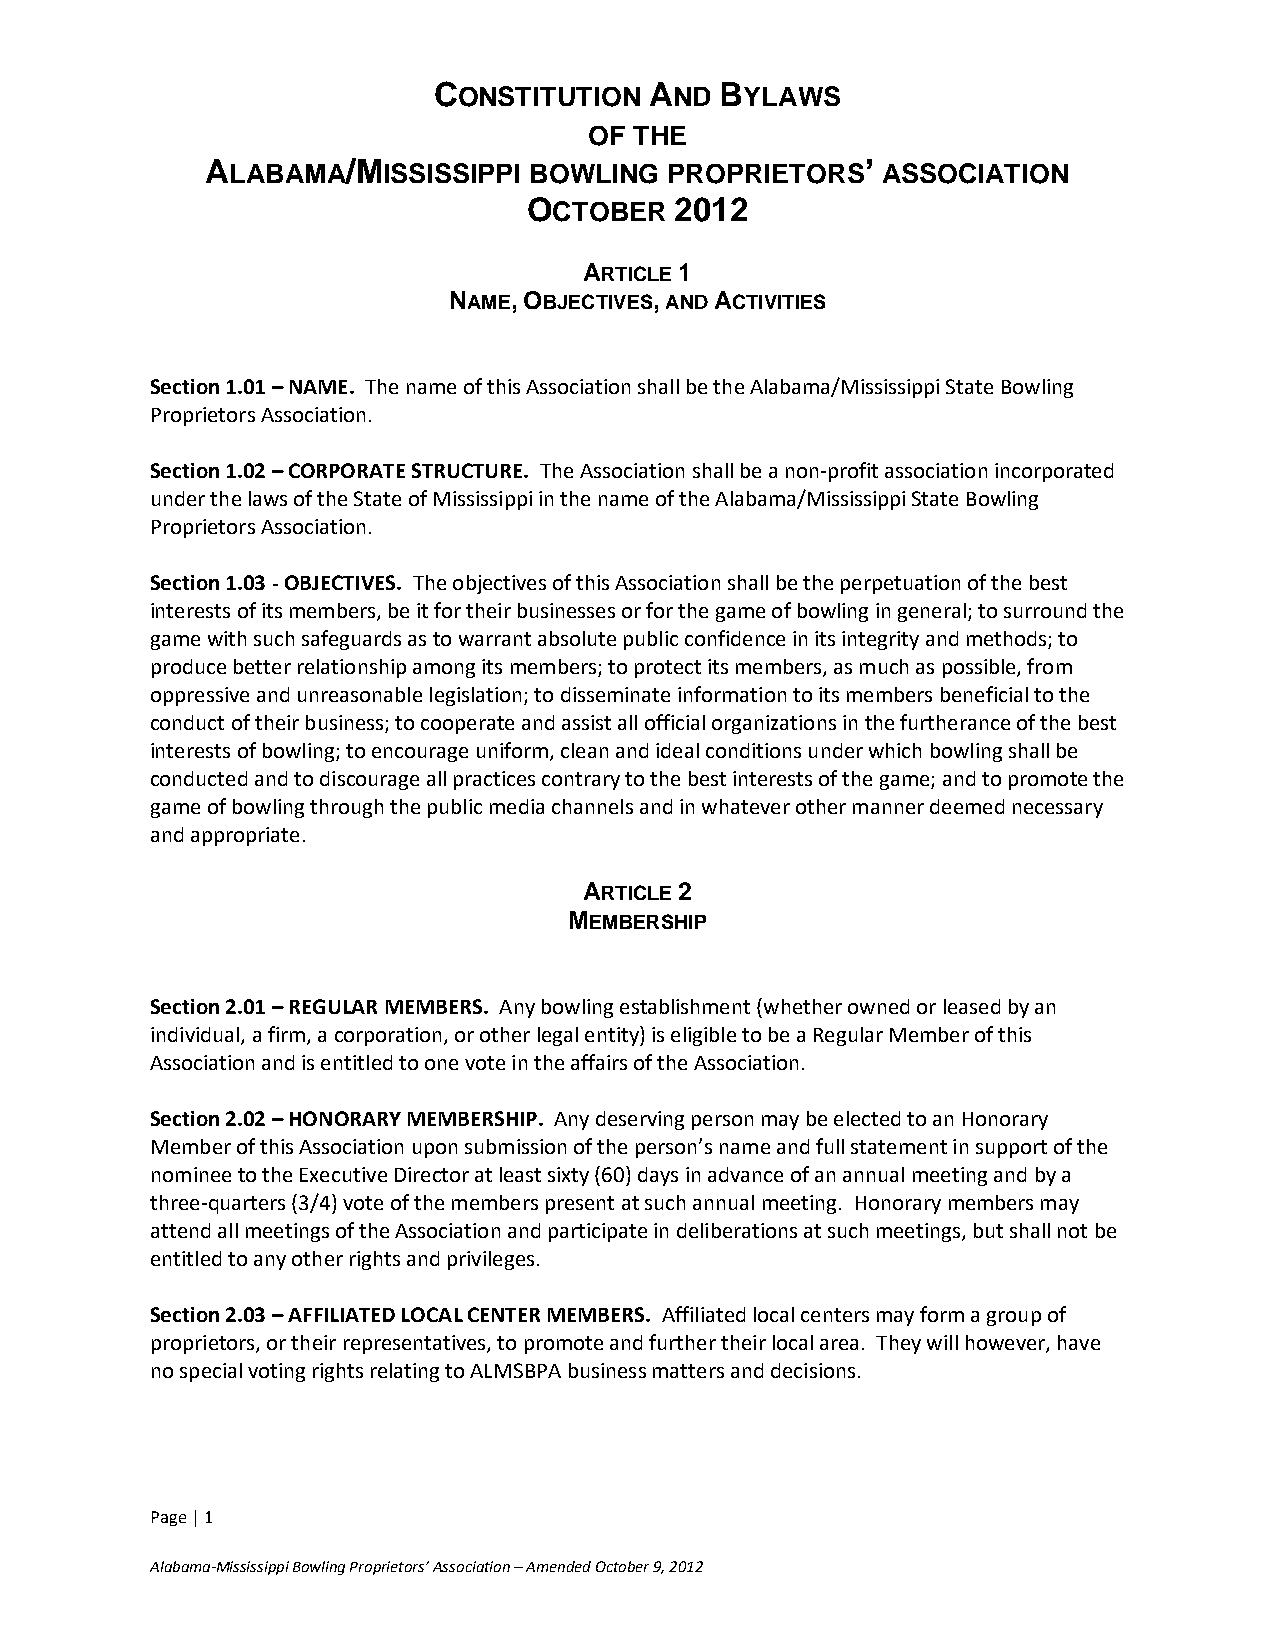
CONSTITUTION  AND  BYLAWS
 OF THE
 ALABAMA/MISSISSIPPI  BOWLING  PROPRIETORS’  ASSOCIATION
 OCTOBER   2012
 ARTICLE 1
 NAME, OBJECTIVES, AND ACTIVITIES
 Section 1.01 – NAME. The name of this Association shall be the Alabama/Mississippi State Bowling
 Proprietors Association.
 Section 1.02 – CORPORATE STRUCTURE. The Association shall be a non-profit association incorporated
 under the laws of the State of Mississippi in the name of the Alabama/Mississippi State Bowling
 Proprietors Association.
 Section 1.03 - OBJECTIVES. The objectives of this Association shall be the perpetuation of the best
 interests of its members, be it for their businesses or for the game of bowling in general; to surround the
 game with such safeguards as to warrant absolute public confidence in its integrity and methods; to
 produce better relationship among its members; to protect its members, as much as possible, from
 oppressive and unreasonable legislation; to disseminate information to its members beneficial to the
 conduct of their business; to cooperate and assist all official organizations in the furtherance of the best
 interests of bowling; to encourage uniform, clean and ideal conditions under which bowling shall be
 conducted and to discourage all practices contrary to the best interests of the game; and to promote the
 game of bowling through the public media channels and in whatever other manner deemed necessary
 and appropriate.
 ARTICLE 2
 MEMBERSHIP
 Section 2.01 – REGULAR MEMBERS. Any bowling establishment (whether owned or leased by an
 individual, a firm, a corporation, or other legal entity) is eligible to be a Regular Member of this
 Association and is entitled to one vote in the affairs of the Association.
 Section 2.02 – HONORARY MEMBERSHIP. Any deserving person may be elected to an Honorary
 Member of this Association upon submission of the person’s name and full statement in support of the
 nominee to the Executive Director at least sixty (60) days in advance of an annual meeting and by a
 three-quarters (3/4) vote of the members present at such annual meeting. Honorary members may
 attend all meetings of the Association and participate in deliberations at such meetings, but shall not be
 entitled to any other rights and privileges.
 Section 2.03 – AFFILIATED LOCAL CENTER MEMBERS. Affiliated local centers may form a group of
 proprietors, or their representatives, to promote and further their local area. They will however, have
 no special voting rights relating to ALMSBPA business matters and decisions.
 Page | 1
 Alabama-Mississippi Bowling Proprietors’ Association – Amended October 9, 2012